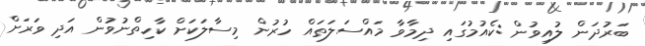
ބަރުދަން ލުއިވުން :ކެއުމުގައި ދިމާވާ މައްސަލަތައް ހުރުން މިސާލަކަށް ކާހިތްނުވުން އަދި ވަރަށް